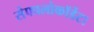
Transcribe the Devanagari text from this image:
सेफालोकॉर्डेटा